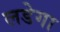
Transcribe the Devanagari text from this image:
लडेगा